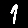
Digit: 1